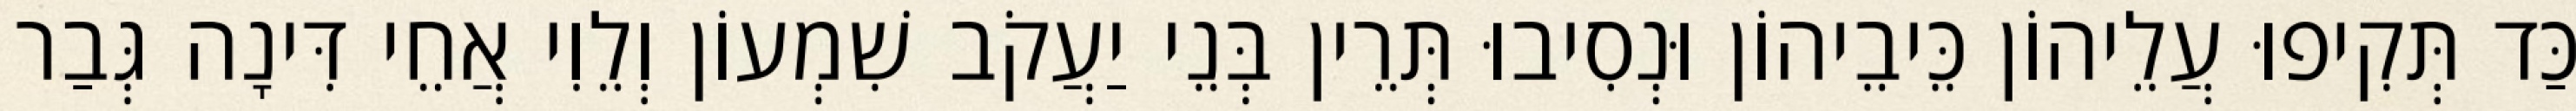
כַּד תְּקִיפוּ עֲלֵיהוֹן כֵּיבֵיהוֹן וּנְסִיבוּ תְּרֵין בְּנֵי יַעֲקֹב שִׁמְעוֹן וְלֵוִי אֲחֵי דִּינָה גְּבַר